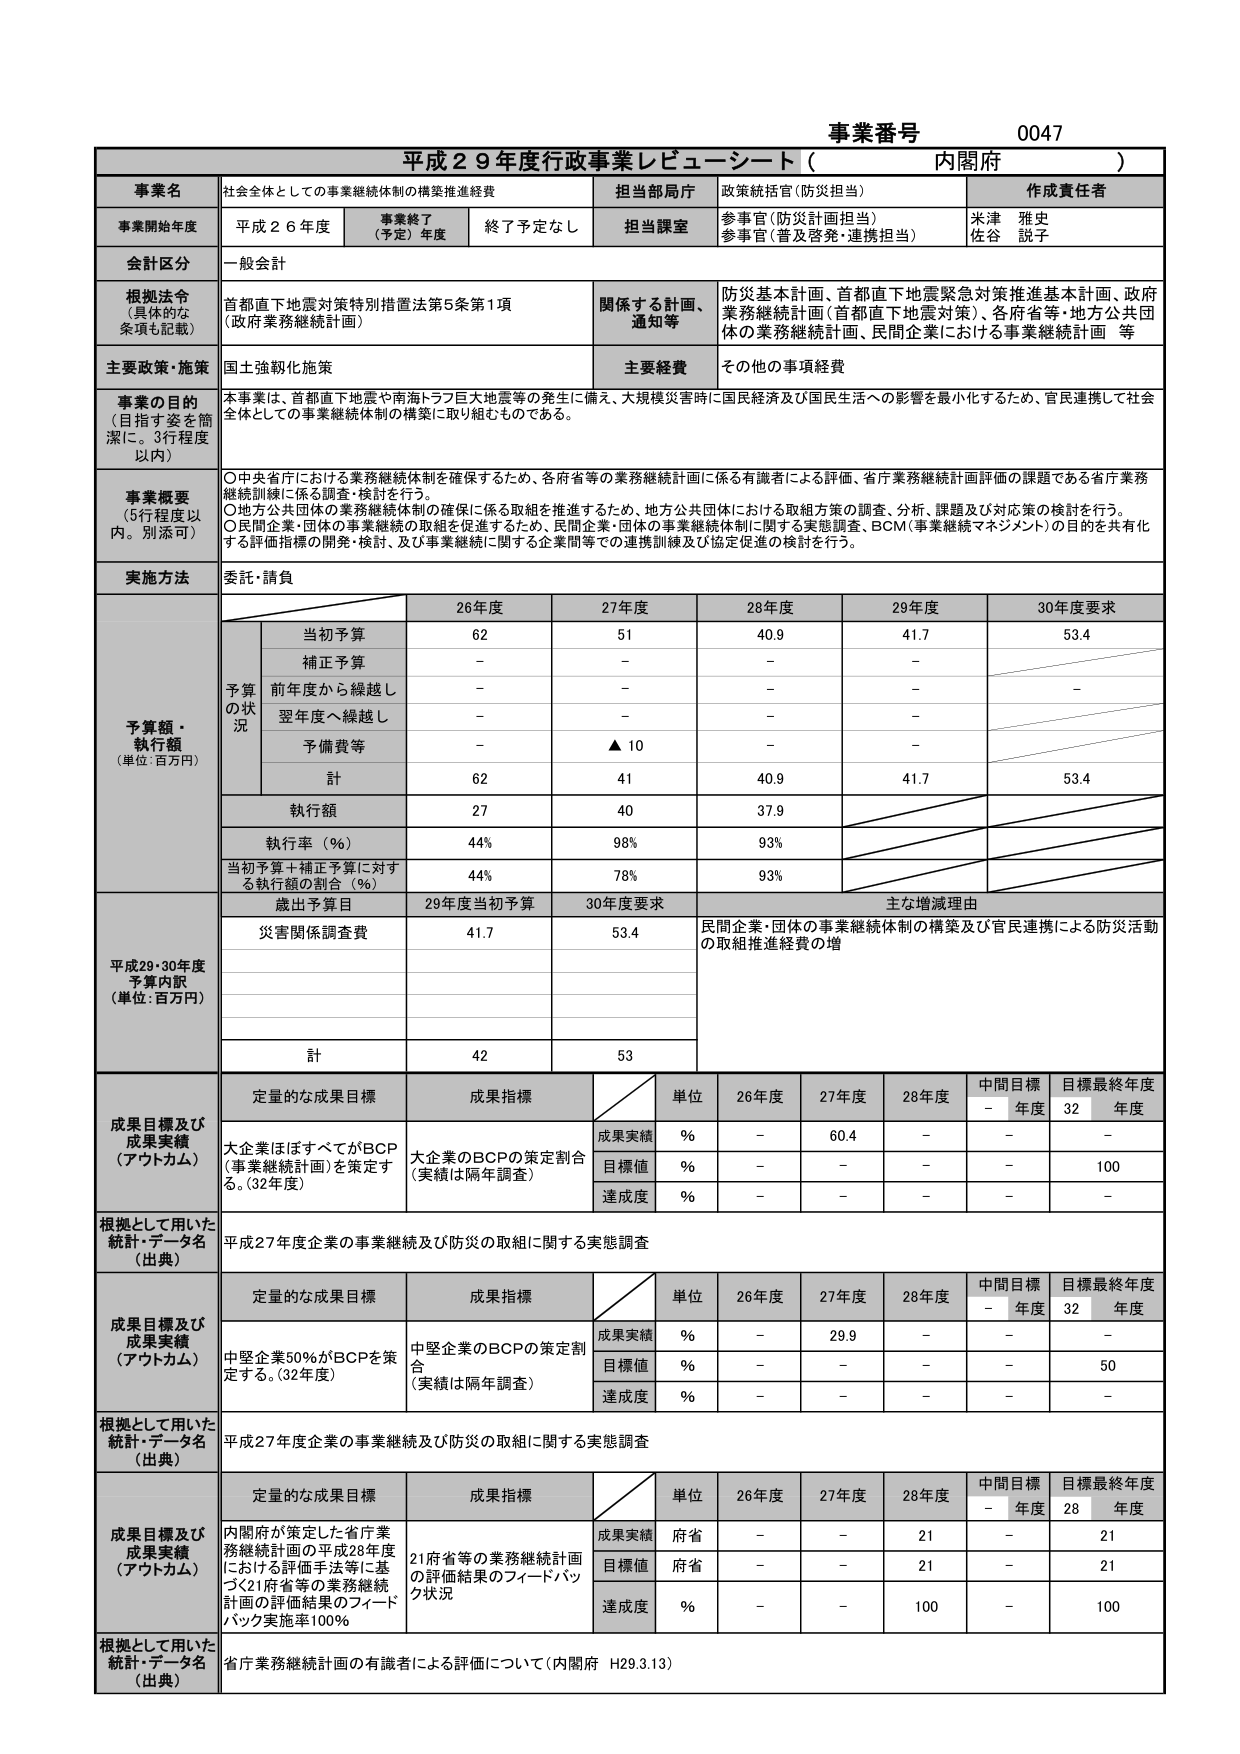
事業番号 0047
平成29年度行政事業レビューシート（内閣府）

事業名
社会全体としての事業継続体制の構築推進経費

担当部局庁
政策統括官（防災担当）

作成責任者
米津 雅史
佐谷 説子

事業開始年度
平成26年度

事業終了（予定）年度
終了予定なし

担当課室
参事官（防災計画担当）
参事官（普及啓発・連携担当）

会計区分
一般会計

根拠法令（具体的な条項も記載）
首都直下地震対策特別措置法第5条第1項
（政府業務継続計画）

関係する計画、通知等
防災基本計画、首都直下地震緊急対策推進基本計画、政府業務継続計画（首都直下地震対策）、各府省等・地方公共団体の業務継続計画、民間企業における事業継続計画 等

主要政策・施策
国土強靭化施策

主要経費
その他の事項経費

事業の目的（目指す姿を簡潔に。3行程度以内）
本事業は、首都直下地震や南海トラフ巨大地震等の発生に備え、大規模災害時に国民経済及び国民生活への影響を最小化するため、官民連携して社会全体としての事業継続体制の構築に取り組むものである。

事業概要（5行程度以内。別添可）
〇中央省庁における業務継続体制を確保するため、各府省等の業務継続計画に係る有識者による評価、省庁業務継続計画評価の課題である省庁業務継続訓練に係る調査・検討を行う。
〇地方公共団体の業務継続体制の確保に係る取組を推進するため、地方公共団体における取組方策の調査、分析、課題及び対応策の検討を行う。
〇民間企業・団体の事業継続の取組を促進するため、民間企業・団体の事業継続体制に関する実態調査、BCM（事業継続マネジメント）の目的を共有化する評価指標の開発・検討、及び事業継続に関する企業間等での連携訓練及び協定促進の検討を行う。

実施方法
委託・請負

予算額・執行額（単位：百万円）

26年度 27年度 28年度 29年度 30年度要求

予算の状況
当初予算 62 51 40.9 41.7 53.4
補正予算 - - - -
前年度から繰越し - - - - -
翌年度へ繰越し - - - -
予備費等 - ▲10 - -
計 62 41 40.9 41.7 53.4

執行額 27 40 37.9
執行率（％） 44% 98% 93%
当初予算＋補正予算に対する執行額の割合（％） 44% 78% 93%

歳出予算目
29年度当初予算 30年度要求 主な増減理由

災害関係調査費 41.7 53.4 民間企業・団体の事業継続体制の構築及び官民連携による防災活動の取組推進経費の増

計 42 53

成果目標及び成果実績（アウトカム）
定量的な成果目標 成果指標 単位 26年度 27年度 28年度 中間目標 - 年度 目標最終年度 32 年度

大企業ほぼすべてがBCP（事業継続計画）を策定する。（32年度）
大企業のBCPの策定割合（実績は隔年調査）
成果実績 % - 60.4 - - -
目標値 % - - - - 100
達成度 % - - - - -

根拠として用いた統計・データ名（出典）
平成27年度企業の事業継続及び防災の取組に関する実態調査

成果目標及び成果実績（アウトカム）
定量的な成果目標 成果指標 単位 26年度 27年度 28年度 中間目標 - 年度 目標最終年度 32 年度

中堅企業50％がBCPを策定する。（32年度）
中堅企業のBCPの策定割合（実績は隔年調査）
成果実績 % - 29.9 - - -
目標値 % - - - - 50
達成度 % - - - - -

根拠として用いた統計・データ名（出典）
平成27年度企業の事業継続及び防災の取組に関する実態調査

成果目標及び成果実績（アウトカム）
定量的な成果目標 成果指標 単位 26年度 27年度 28年度 中間目標 - 年度 目標最終年度 28 年度

内閣府が策定した省庁業務継続計画の平成28年度における評価手法等に基づく21府省等の業務継続計画の評価結果のフィードバック実施率100％
21府省等の業務継続計画の評価結果のフィードバック状況
成果実績 府省 - - 21 - 21
目標値 府省 - - 21 - 21
達成度 % - - 100 - 100

根拠として用いた統計・データ名（出典）
省庁業務継続計画の有識者による評価について（内閣府 H29.3.13）